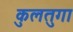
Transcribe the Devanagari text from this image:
कुलतुगा